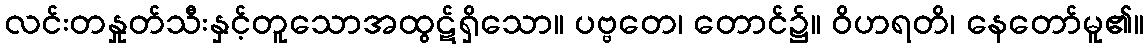
လင်းတနှုတ်သီးနှင့်တူသောအထွဋ်ရှိသော။ ပဗ္ဗတေ၊ တောင်၌။ ဝိဟရတိ၊ နေတော်မူ၏။